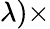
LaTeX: \lambda)\times